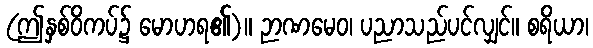
(ဤနှစ်ဝိကပ်၌ မောဟရ၏)။ ဉာဏမေဝ၊ ပညာသည်ပင်လျှင်။ စရိယာ၊